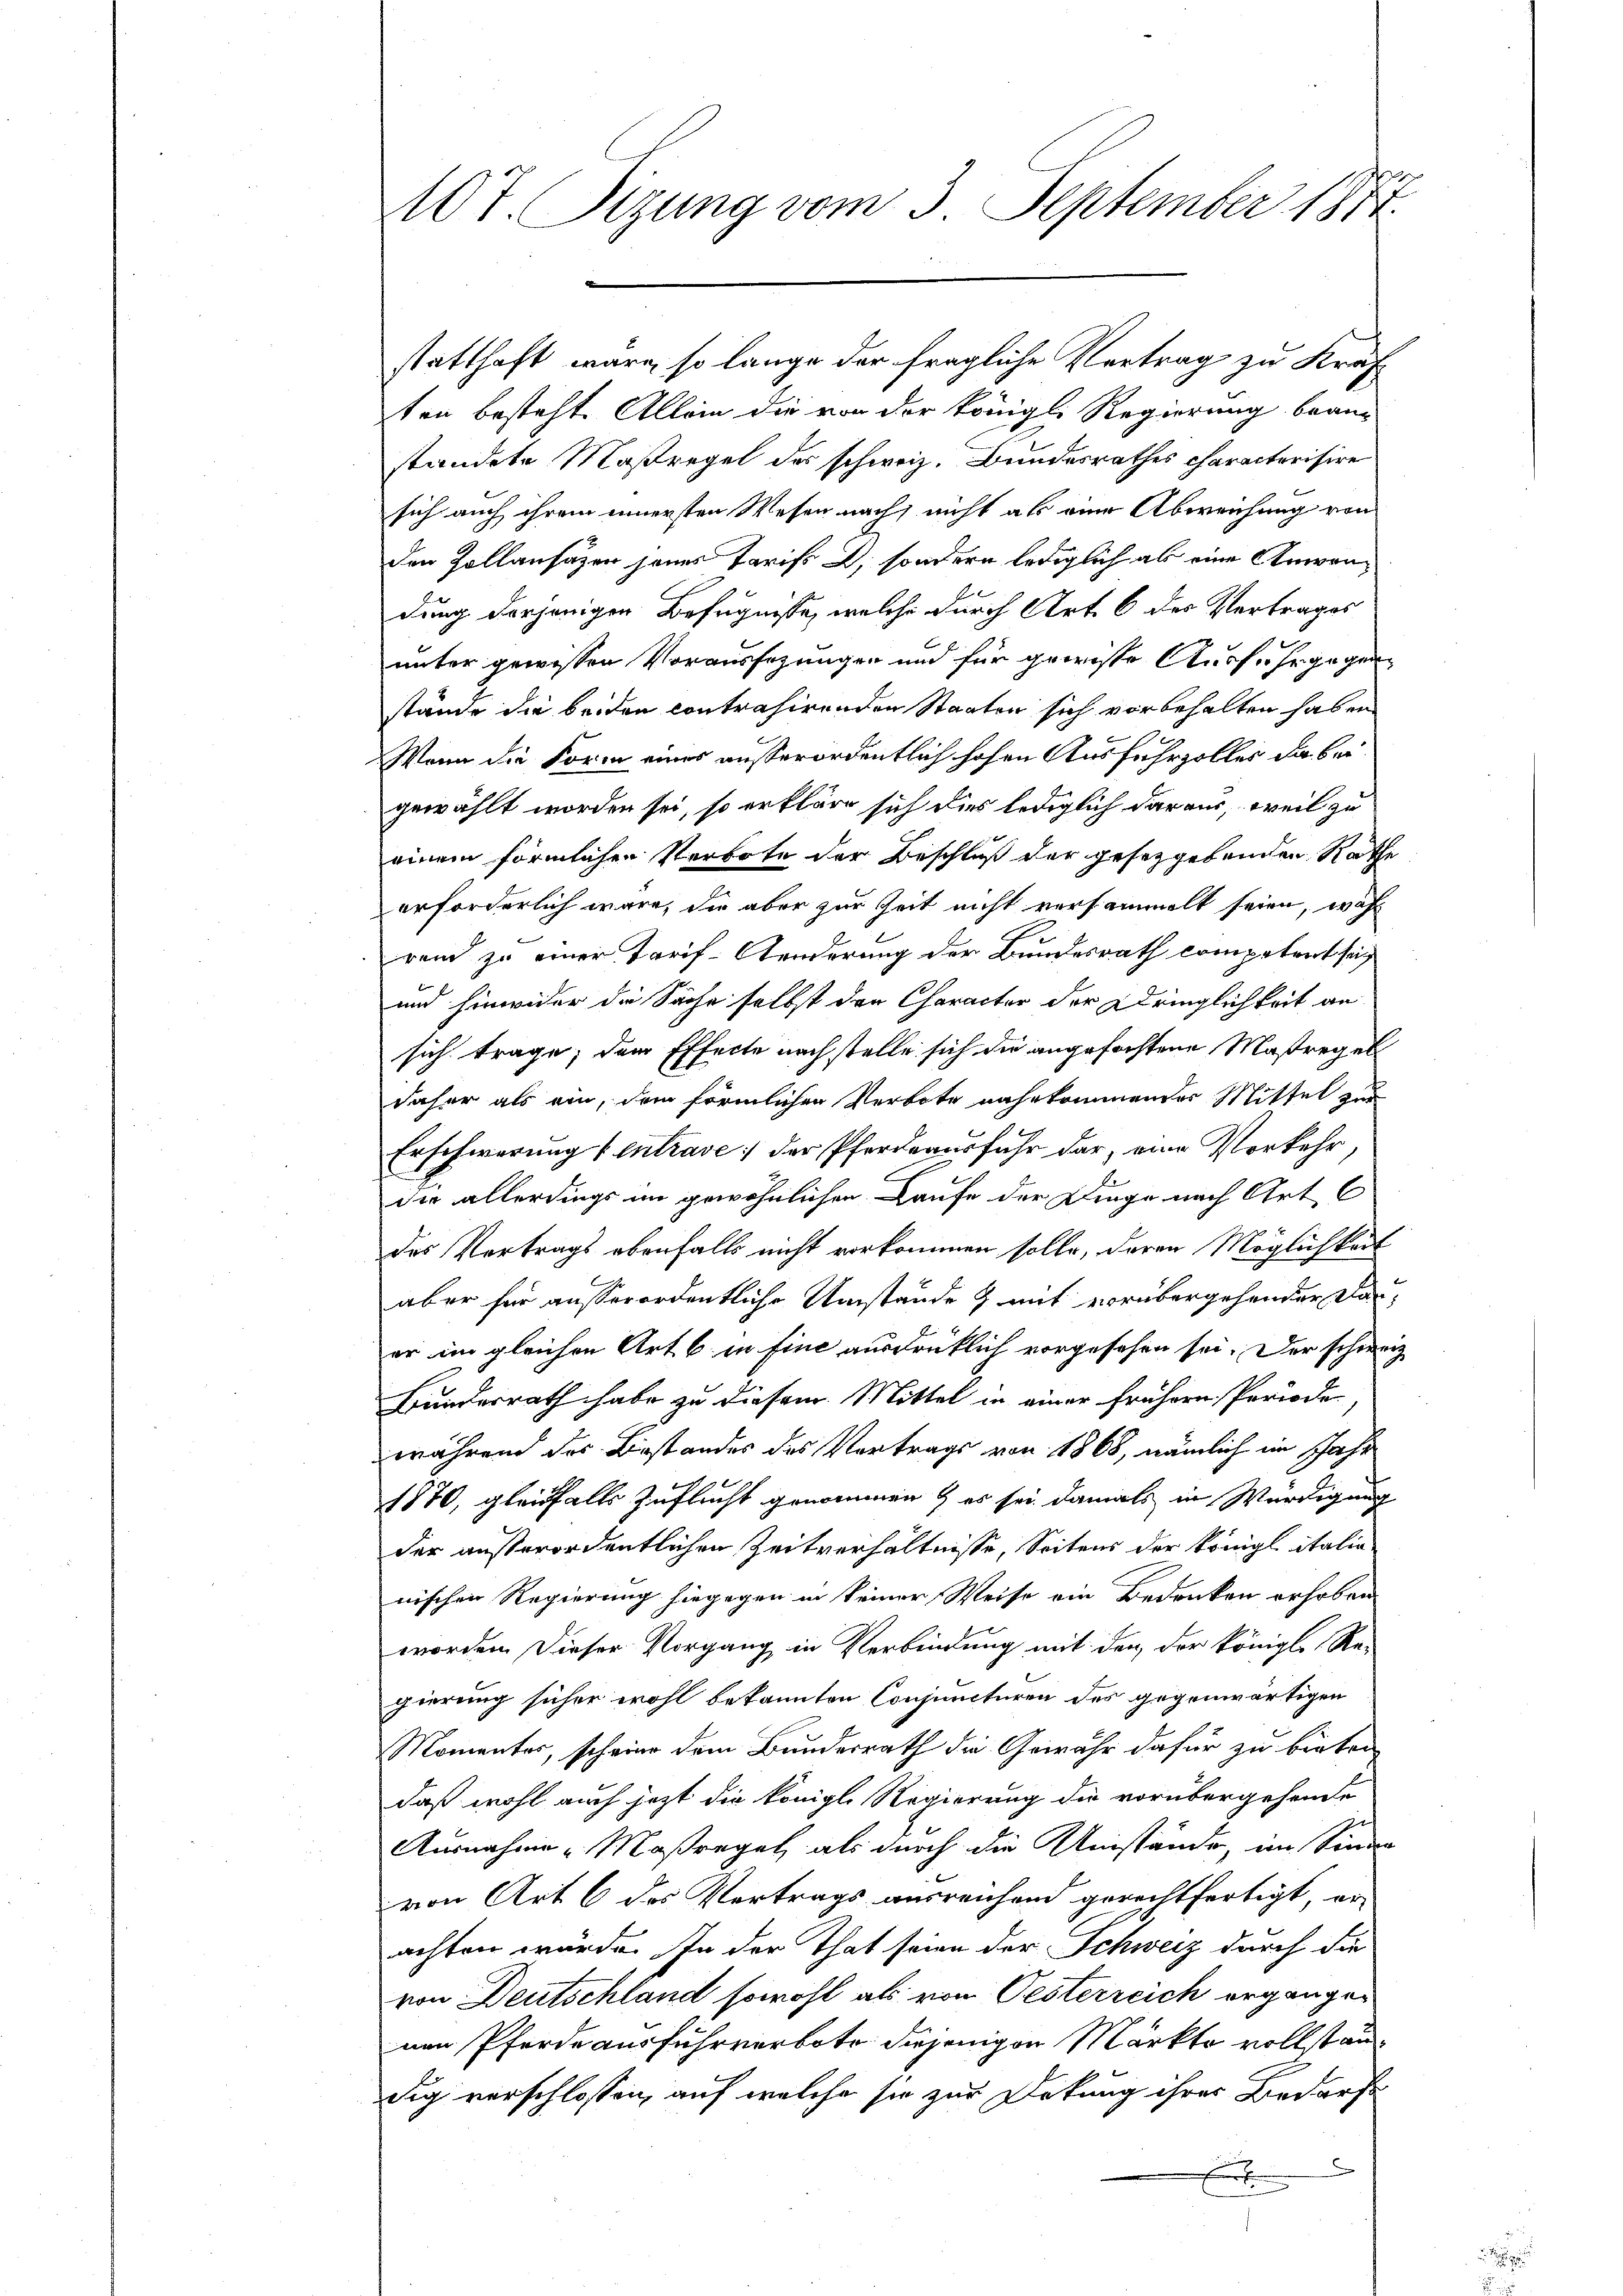
107. Sitzung vom 3. September 1877.

ten besteht. Allein die von der Königl. Regierung bean-
ständete Maßregel des schweiz. Bundesrathes characterisire
sich auch ihrem innersten Wesen nach nicht als eine Abweichung von
den Zollansätzen jenes Tarifs, sondern lediglich als eine Anwendung derjenigen Befugnisse, welche durch Art. 6 des Vertrages
unter gewissen Voraussezungen und für gewisse Ausfuhr gegenstände die beiden contrahirenden Staaten sich vorbehalten haben
Wenn die Form eines außerordentlich hohen Ausfuhrzolles da bei
gewählt worden sei, so erkläre sich dies lediglich daraus, weil zu
einem förmlichen Verbote der Beschluß der gesetzgebenden Rathe
erforderlich wäre, die aber zur Zeit nicht versammelt seien, wohl
rend zu einer Tarif-Aenderung der Bundesrath competent sei
und hinwider die Sache selbst den Character der Dringlichkeit an
sich trage, dem Effecte nach stelle sich die angefochtene Maßregel
daher als ein, dem förmlichen Verbote nahe kommender Mittel zur
Erschwerung entrave der Pferdeausfuhr dar, eine Vorkehr,
die allerdings im gewöhnlichen Laufe der Dinge nach Art C
des Vertrags ebenfalls nicht vorkommen solle, deren Möglichkeit
aber für ausserordentliche Umstände & mit vorübergehender darer im gleichen Art 6 in fine ausdrücklich vorgesehen sei. Der schweiz
Bundesrath habe zu diesem Mittel in einer frühern Periode
während des Bestandes des Vortrags von 1868, nämlich im schaft
1870, gleichfalls Zuflucht genommen & es sei damals in Würdigung
der außerordentlichen Zeitverhältnisse, Seitens der kriegl italie
nischen Regierung hiegegen in keiner Weise ein Bedenken erhoben
worden. Dieser Vorgang in Verbindung mit der der königl. Re-
gierung sicher wohl bekannten Conjuncturen des gegenwärtigen
Momentes, scheine dem Bundesrath die Gewähr dafür zu bieten
daß wohl auch jetzt die königl. Regierung die vorübergehende
Ausnahme Maßregel als durch die Umstände, im Sinnen
von Art 6 des Vertrags ausreichend gerechtfertigt, er-
achten würde. In der That seien der Schweiz durch die
von Deutschland sowohl als von Oesterreich ergängen
nen Pferde ausfuhrverbote diejenigen Märkte vollstandig verschlossen, auf welche sie zur Dekung ihrer Bedarfs
E

statthaft wäre, so lange der fragliche Vertrag zu Kraf